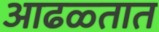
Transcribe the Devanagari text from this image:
आढळ्तात